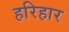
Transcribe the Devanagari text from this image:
हरिहार